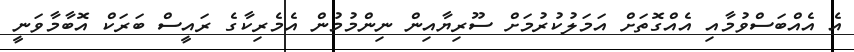
އެ އެއްބަސްވުމާއި އެއްގޮތަށް އަމަލުކުރުމަށް ސޫރިޔާއިން ނިންމުމުން އެމެރިކާގެ ރައީސް ބަރަކް އޮބާމާވަނީ